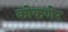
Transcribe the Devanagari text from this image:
कोकणेर